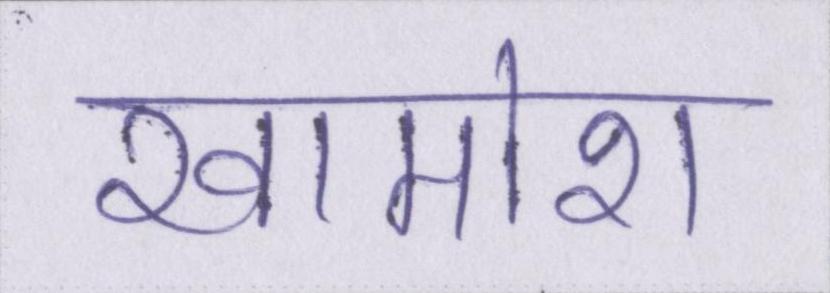
खामोश